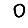
Digit: 0